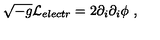
\sqrt { - g } { \cal L } _ { e l e c t r } = 2 \partial _ { i } \partial _ { i } \phi \ ,